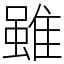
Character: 雖